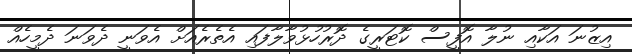
އިޒުނަ އަކާއި ނުލާ އޮފީސް ކޮޓަރީގެ ދޮރުހުޅުވާލާފައި އެތެރެއަށް އެވަނީ ދެވަނަ ދެމީހެއް